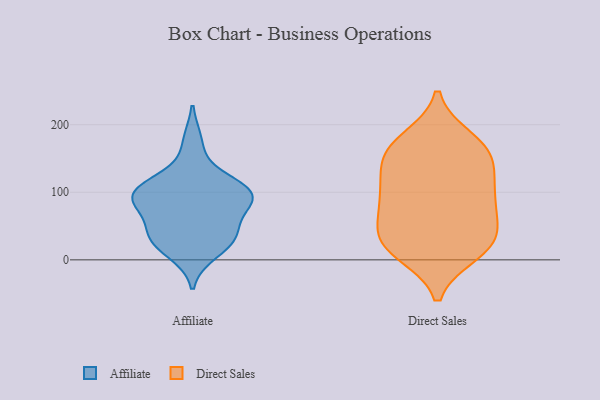
{"axis": {"x": "Conversion Rate (%)", "y": "Value"}, "legend": ["Affiliate", "Direct Sales"], "data": [{"x": "", "y": 71, "type": "Affiliate"}, {"x": "", "y": 10, "type": "Affiliate"}, {"x": "", "y": 94, "type": "Affiliate"}, {"x": "", "y": 39, "type": "Affiliate"}, {"x": "", "y": 96, "type": "Affiliate"}, {"x": "", "y": 120, "type": "Affiliate"}, {"x": "", "y": 93, "type": "Affiliate"}, {"x": "", "y": 112, "type": "Affiliate"}, {"x": "", "y": 40, "type": "Affiliate"}, {"x": "", "y": 95, "type": "Affiliate"}, {"x": "", "y": 175, "type": "Affiliate"}, {"x": "", "y": 26, "type": "Affiliate"}, {"x": "", "y": 88, "type": "Affiliate"}, {"x": "", "y": 34, "type": "Affiliate"}, {"x": "", "y": 38, "type": "Direct Sales"}, {"x": "", "y": 65, "type": "Direct Sales"}, {"x": "", "y": 29, "type": "Direct Sales"}, {"x": "", "y": 32, "type": "Direct Sales"}, {"x": "", "y": 20, "type": "Direct Sales"}, {"x": "", "y": 10, "type": "Direct Sales"}, {"x": "", "y": 82, "type": "Direct Sales"}, {"x": "", "y": 105, "type": "Direct Sales"}, {"x": "", "y": 143, "type": "Direct Sales"}, {"x": "", "y": 156, "type": "Direct Sales"}, {"x": "", "y": 179, "type": "Direct Sales"}, {"x": "", "y": 13, "type": "Direct Sales"}, {"x": "", "y": 74, "type": "Direct Sales"}, {"x": "", "y": 101, "type": "Direct Sales"}, {"x": "", "y": 109, "type": "Direct Sales"}, {"x": "", "y": 144, "type": "Direct Sales"}, {"x": "", "y": 164, "type": "Direct Sales"}, {"x": "", "y": 173, "type": "Direct Sales"}]}